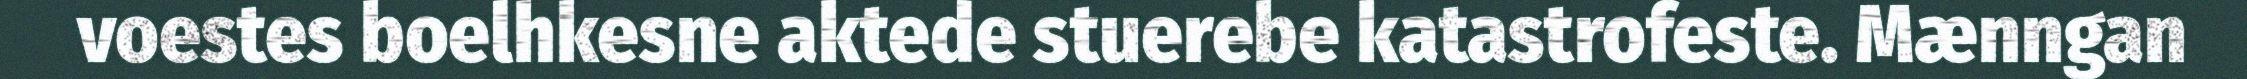
voestes boelhkesne aktede stuerebe katastrofeste. Mænngan